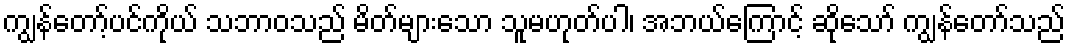
ကျွန်တော့်ပင်ကိုယ် သဘာဝသည် မိတ်များသော သူမဟုတ်ပါ၊ အဘယ်ကြောင့် ဆိုသော် ကျွန်တော်သည်